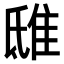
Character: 𨾦